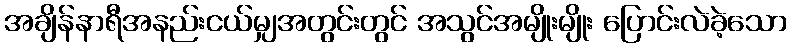
အချိန်နာရီအနည်းငယ်မျှအတွင်းတွင် အသွင်အမျိုးမျိုး ပြောင်းလဲခဲ့သော